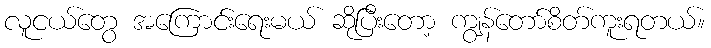
လူငယ်တွေ အကြောင်းရေးမယ် ဆိုပြီးတော့ ကျွန်တော်စိတ်ကူးရတယ်။